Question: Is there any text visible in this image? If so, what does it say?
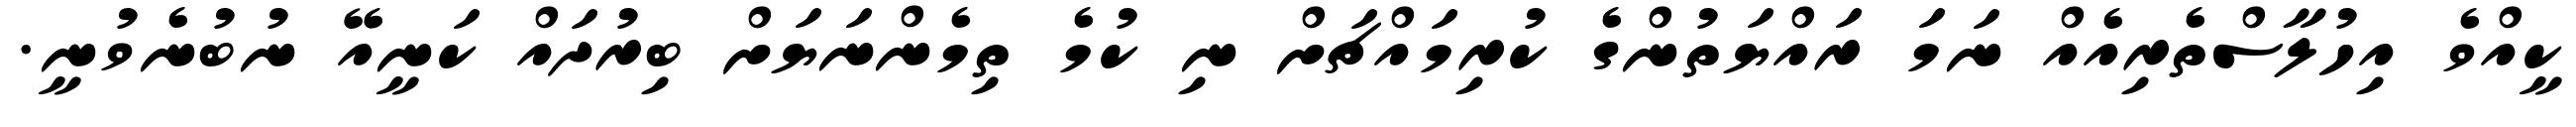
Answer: ކީއްވެ އިހުލާސްތެރިއެއް ނަމަ ރައްޔަތުންގެ ކުރިމައްޗަށް ނި ކުމެ ތިމެންނަޔަށް ބިރުދައް ކަނީއޭ ނުބުނެވުނީ.